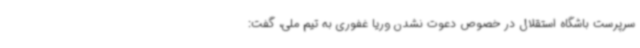
سرپرست باشگاه استقلال در خصوص دعوت نشدن وریا غفوری به تیم ملی، گفت: